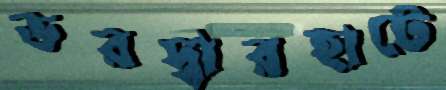
ভরদ্বারহাটে